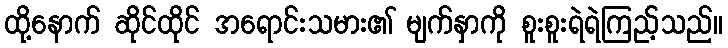
ထို့နောက် ဆိုင်ထိုင် အရောင်းသမား၏ မျက်နှာကို စူးစူးရဲရဲကြည့်သည်။